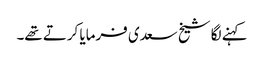
کہنے لگا شیخ سعدی فرمایا کرتے تھے۔